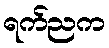
ရက်ညက